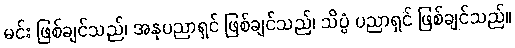
မင်း ဖြစ်ချင်သည်၊ အနုပညာရှင် ဖြစ်ချင်သည်၊ သိပ္ပံ ပညာရှင် ဖြစ်ချင်သည်။